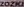
ZOZIKI